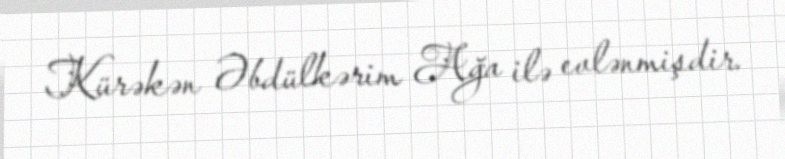
Kürəkən Əbdülkərim Ağa ilə evlənmişdir.